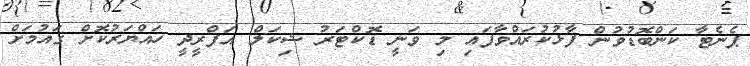
ޕެނެޓާ ކަންބޮޑުވުން ފާޅުކުރައްވާފައި މި ވަނީ ޑޮކްޓަރު ޝިކަލް އަފްރީދީ ހައްޔަރުކޮށް ގައުމަށް